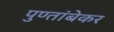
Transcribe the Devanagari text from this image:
पुण्तांबेकर